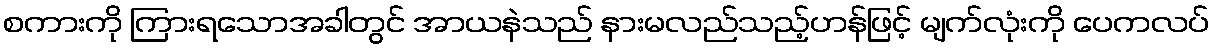
စကားကို ကြားရသောအခါတွင် အာယနဲသည် နားမလည်သည့်ဟန်ဖြင့် မျက်လုံးကို ပေကလပ်